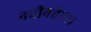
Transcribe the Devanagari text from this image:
नवीनतेच्या